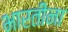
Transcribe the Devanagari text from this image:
भारतींना